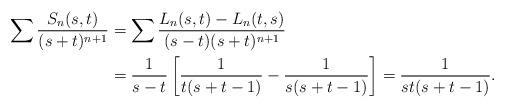
LaTeX: \begin{align*}\sum\frac{S_n(s,t)}{(s+t)^{n+1}} &=\sum\frac{L_n(s,t)-L_n(t,s)}{(s-t)(s+t)^{n+1}}\\&=\frac1{s-t}\left[\frac1{t(s+t-1)}-\frac1{s(s+t-1)}\right]=\frac1{st(s+t-1)}.\end{align*}